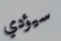
سيؤدي